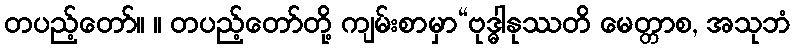
တပည့်တော်။ ။ တပည့်တော်တို့ ကျမ်းစာမှာ“ဗုဒ္ဓါနုဿတိ မေတ္တာစ, အသုဘံ